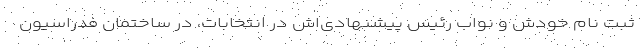
ثبت نام خودش و نواب رئیس پیشنهادی‌اش در انتخابات، در ساختمان فدراسیون